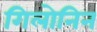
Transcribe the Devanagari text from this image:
गिलोनिन